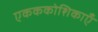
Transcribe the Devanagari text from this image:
एकककोशिकाएँ